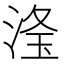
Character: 𣶳